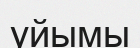
уйымы